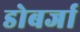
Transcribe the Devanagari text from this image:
डोबर्जा